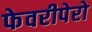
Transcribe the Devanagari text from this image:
फेवरीपेरो